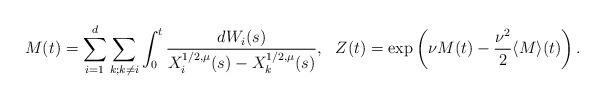
LaTeX: \begin{align*}M(t)&=\sum_{i=1}^{d}\sum_{k;k\neq i}\int_{0}^{t}\frac{dW_i(s)}{X^{1/2,\mu}_i(s)-X^{1/2,\mu}_k(s)},&Z(t)&=\exp\left(\nu M(t)-\frac{\nu^2}{2} \langle M \rangle(t)\right).\end{align*}